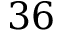
3 6